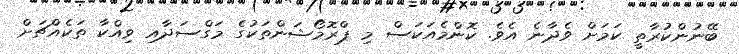
ބޭނުންކުރާތީ ކަމަށް ވެދާނެ އެވެ. ކޮންމެއަކަސް މި ޕްރޮމޯޝަންތަކުގެ މަގްސަދާއި ވިއްކާ ތަކެއްޗަށް